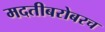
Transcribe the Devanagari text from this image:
मदतीबरोबरच